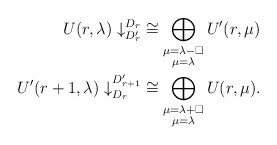
LaTeX: \begin{align*} U(r, \lambda)\downarrow^{D_r}_{D'_r}&\cong \bigoplus_{\substack{\mu = \lambda-\square\\ \mu = \lambda}} U'(r,\mu)\qquad\\ U'(r+1, \lambda)\downarrow^{D'_{r+1}}_{D_r}&\cong \bigoplus_{\substack{\mu = \lambda+\square\\ \mu = \lambda}} U(r,\mu). \end{align*}